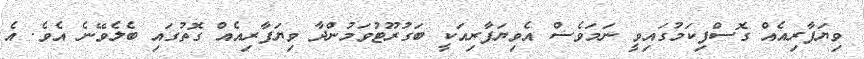
ވިޔަފާރިއެއް ގޮސްފިކަމުގައިވީ ނަމަވެސް އެވިޔަފާރިއަކީ ބަގުރޫޓުވަމުންދާ ވިޔަފާރިއެއް ގޮތުގައި ބެލެވޭނެ އެވެ. އެ